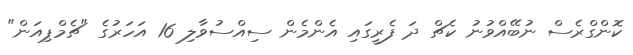
ކޮންގްރެސް ނުބޭއްވުނު ކެޗްް ދަ ފެރީގައި އެންމެން ސިއްސުވާލި 16 އަހަރުގެ "ޗެމްޕިއަން"